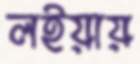
লইয়ায়